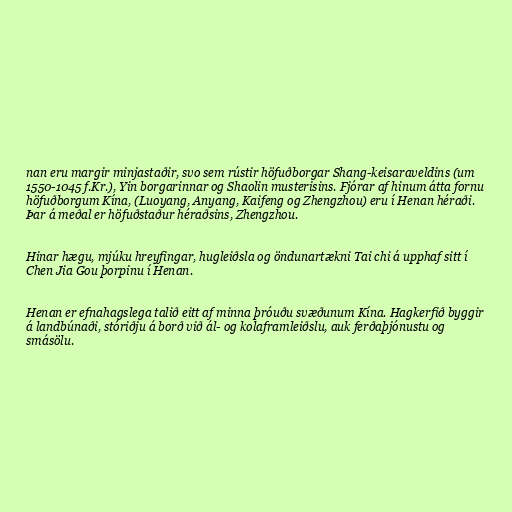
nan eru margir minjastaðir, svo sem rústir höfuðborgar Shang-keisaraveldins (um
1550-1045 f.Kr.), Yin borgarinnar og Shaolin musterisins. Fjórar af hinum átta fornu
höfuðborgum Kína, (Luoyang, Anyang, Kaifeng og Zhengzhou) eru í Henan héraði.
Þar á meðal er höfuðstaður héraðsins, Zhengzhou.

Hinar hægu, mjúku hreyfingar, hugleiðsla og öndunartækni Tai chi á upphaf sitt í
Chen Jia Gou þorpinu í Henan.

Henan er efnahagslega talið eitt af minna þróuðu svæðunum Kína. Hagkerfið byggir
á landbúnaði, stóriðju á borð við ál- og kolaframleiðslu, auk ferðaþjónustu og
smásölu.